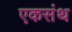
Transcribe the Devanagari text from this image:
एकसंथ